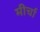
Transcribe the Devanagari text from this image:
मीर्चा